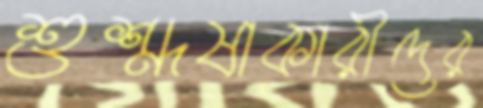
শুশ্রূষাকারীদের